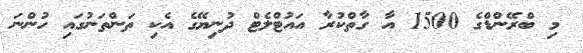
މި ބްރޭންޑްގެ 1500 އާ ގާތްކުރާ އައުޓްލެޓް ދުނިޔޭގެ އެކި ތަންތަނުގައި ހުންނަ